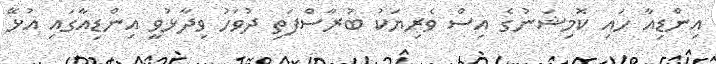
އިންޑިއާ ހައި ކޮމިޝަނުގެ އިސް ވެރިޔަކު ބުރާސްފަތި ދުވަހު ވިދާޅުވީ އިންޑިއާގައި އުޅޭ